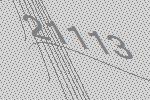
21113